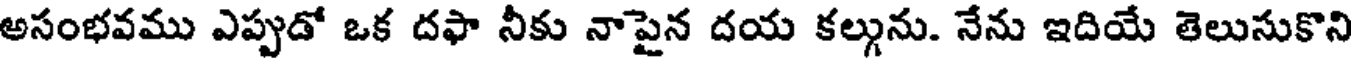
అసంభవము ఎప్పుడో ఒక దఫా నీకు నాపైన దయ కల్గును. నేను ఇదియే తెలుసుకొని